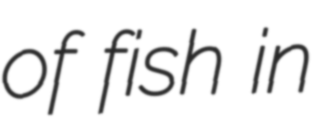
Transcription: of fish in